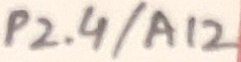
Text: P2.4/A12